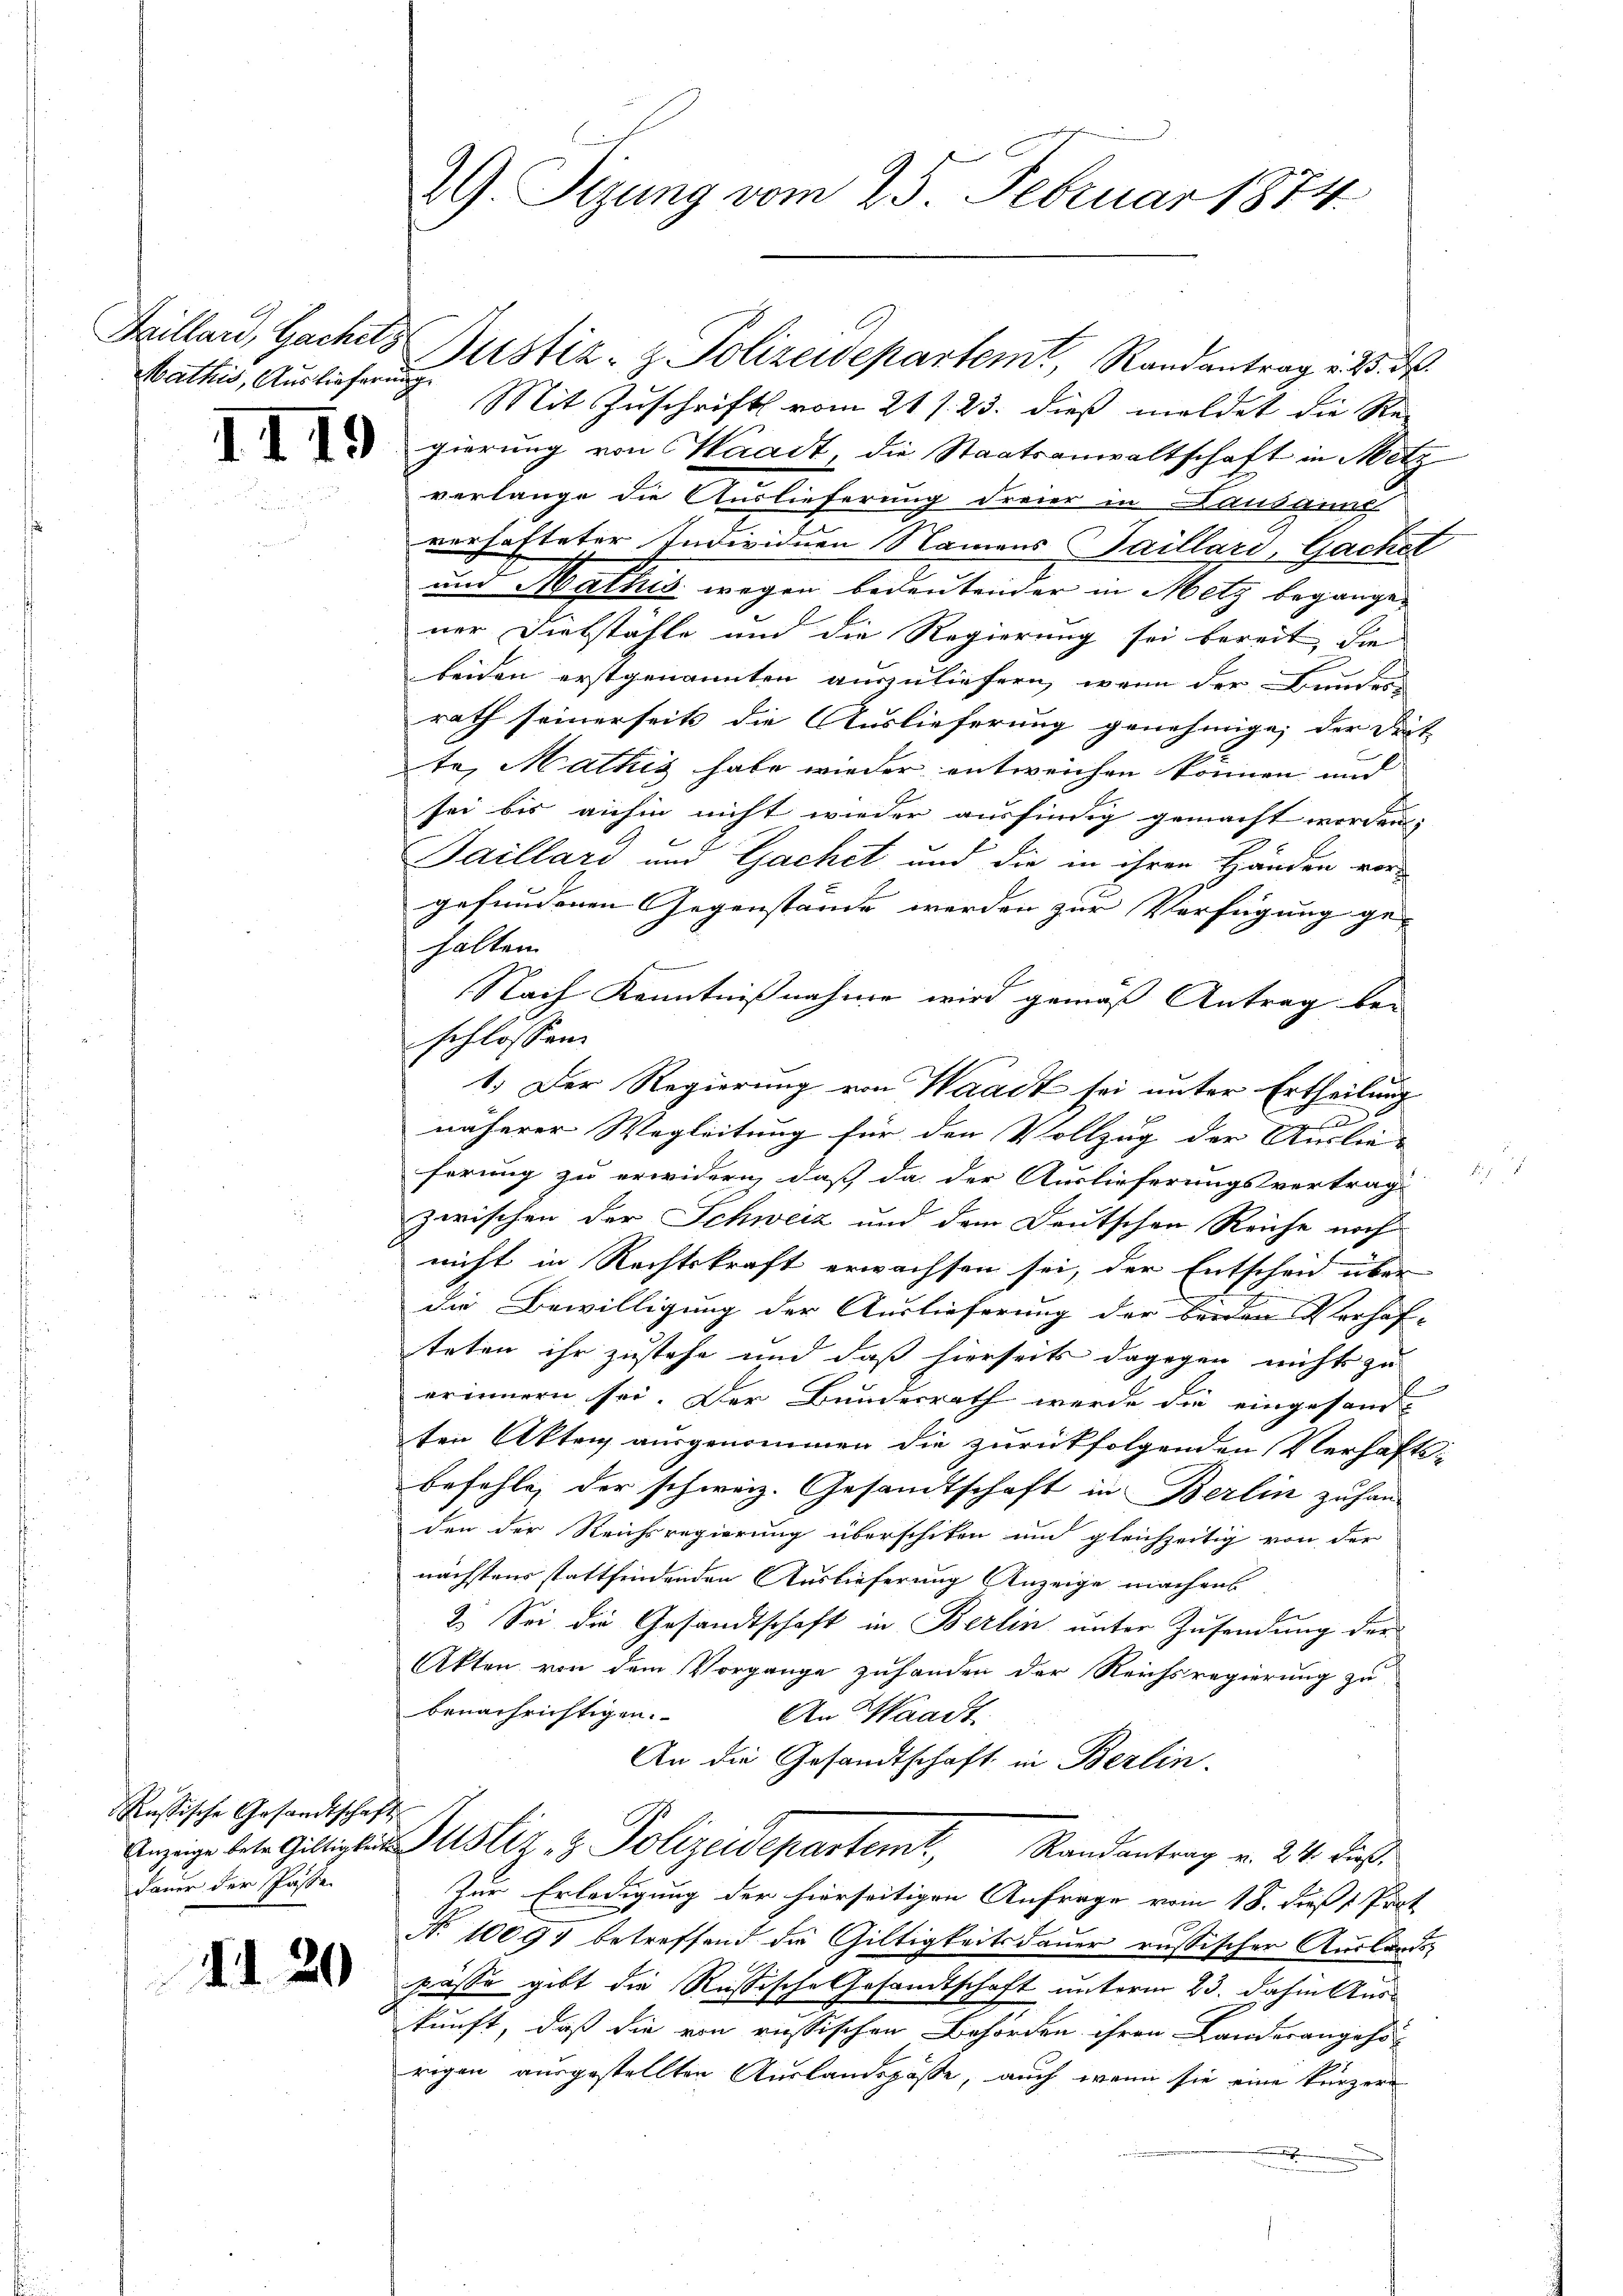
Mathis, Auslieferung

Russische Gesandtschaft
dauer der Pässe

1

29. Sitzung vom 25. Februar 1874.

Scillard, Gachets Justiz- & Polizeidepartemt, Randantrag v. M. D.
Mit Zuschrift vom 21 s. 23. dieß meldet die Re-
 gierŭng von Waadt, die Staatsanwaltschaft in Metz
verlange die Auslieferung dreier in Danannt
verhafteter Individuen Namens Saillard, Gacket
und Mathis wegen bedeutender in Metz begangen
ner Diebstähle und die Regierung sei bereit die
beiden erstgenannten auszuliefern, wenn der Bunder
rath seinerseits die Auslieferung genehmige, der dort
te, Mathig habe wieder entweichen können und
sei bis anhin nicht wieder ausfindig gemacht worden;
Saillard und Gachet und die in ihren Händen vor-
gefundenen Gegenstände werden zur Verfügung ge-
halten.
Nach Kenntnißnahme wird gemäß Antrag bei
schlossen:
1. Der Regierung von Waadt sei unter Ertheilung
näherer Wegleitung für den Vollzug der Auslie-
ferung zu erwidern, daß da der Auslieferungsvertrag
zwischen der Schweiz und dem Deutschen Reiche noch
nicht in Rechtskraft erwachsen sei, der Entscheid über
die Bewilligung der Auslieferung der beiden Verhaf-
teten ihr zustehe und daß hierseits dagegen nichts zu
erinnern sei. Der Bundesrath werde die eingesam-
ten Akten ausgenommen die zurückfolgenden Verhafts-
befehle, der schweiz. Gesandtschaft in Berlin zu han-
den der Reichsregierung überschiken und gleichzeitig von der
nächstens stattfindenden Auslieferung Anzeige machens
2. Sei die Gesandtschaft in Berlin unter Zusendung der
Akten von dem Vorgange zuhanden der Reichsregierung zu
benachrichtigen.
An Waadt
An die Gesandtschaft in Berlin.
Anzüge beter Gültigten Justiz- & Polizeidepartem Randantrag v. 24. dieß¬
Zur Erledigung der hierseitigen Anfrage vom 18. dieß 1 Part
No 10094 betreffend die Giltigkeitsdauer russischer Auslands-
 passe gibt die Rußische Gesandtschaft unterm 23. dahin Auskunft, daß die von russischen Behörden ihren Landesangehö-
rigen ausgestellten Auslandspäße, auch wenn sie eine kürzere
i
.